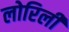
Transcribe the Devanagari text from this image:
लोरिली